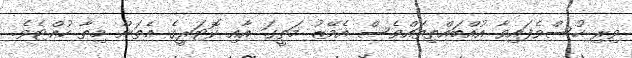
ވިރި ހުސްވެފައިވާ އުއްބައްތިތައްވެސް އެމޭޒު މަތީގަ އާއި ކޮޓަރީގެ އެތަން މިތާ ހުއްޓެވެ.